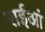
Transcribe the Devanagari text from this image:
राईआं